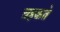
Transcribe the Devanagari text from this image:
चहकते